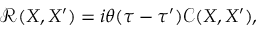
{ \mathcal R } ( X , X ^ { \prime } ) = i \theta ( \tau - \tau ^ { \prime } ) { \mathcal C } ( X , X ^ { \prime } ) ,